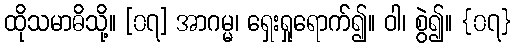
ထိုသမာဓိသို့။ [၀၇] အာဂမ္မ၊ ရှေးရှုရောက်၍။ ဝါ၊ စွဲ၍။ {၀၇}